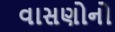
વાસણોનો